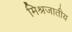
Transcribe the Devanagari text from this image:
मिश्रजातीय